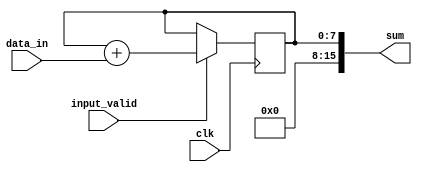
module parallel_accumulator(input [7:0] data_in,
                              input input_valid,
                              input clk,
                              output reg [15:0] sum);

reg [7:0] accumulator;

always @(posedge clk) begin
    if(input_valid) begin
        accumulator <= accumulator + data_in;
    end
end

assign sum = accumulator;

endmodule